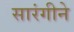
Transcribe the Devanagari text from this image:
सारंगीने